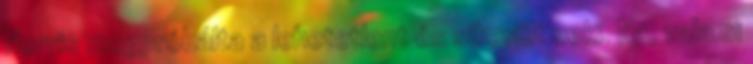
Norris megpróbálta a lehetetlent és sikerült neki. Na, valami